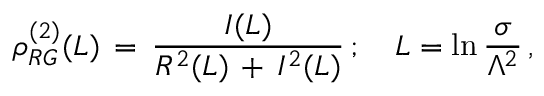
\rho _ { R G } ^ { ( 2 ) } ( L ) \, = \, \frac { I ( L ) } { R ^ { 2 } ( L ) \, + \, I ^ { 2 } ( L ) } \, ; \quad L = \ln \frac { \sigma } { \Lambda ^ { 2 } } \, ,